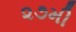
૨૭મી